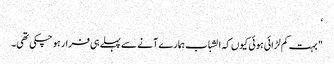
‘
" بہت کم لڑائی ہوئی کیوں کہ الشباب ہمارے آنے سے پہلے ہی فرار ہو چکی تھی۔